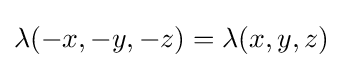
\lambda (-x,-y,-z)=\lambda (x,y,z)